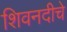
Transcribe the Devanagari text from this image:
शिवनदीचे